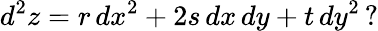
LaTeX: d^{2}z=r\, dx^{2}+2s\, dx\, dy+t\, dy^{2}\, ?